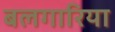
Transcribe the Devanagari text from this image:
बलगारिया